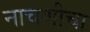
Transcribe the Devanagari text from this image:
नाचणीचा